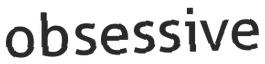
obsessive